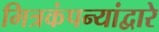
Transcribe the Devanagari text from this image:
मित्रकंपन्यांद्वारे